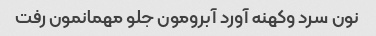
نون سرد وکهنه آورد آبرومون جلو مهمانمون رفت